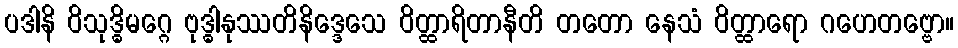
ပဒါနိ ဝိသုဒ္ဓိမဂ္ဂေ ဗုဒ္ဓါနုဿတိနိဒ္ဒေသေ ဝိတ္ထာရိတာနီတိ တတော နေသံ ဝိတ္ထာရော ဂဟေတဗ္ဗော။